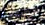
الأصلى